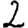
Digit: 2